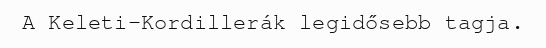
A Keleti-Kordillerák legidősebb tagja.